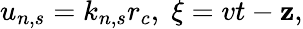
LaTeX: u_{n,s}=k_{n,s}r_{c},\; \xi=vt-\mathbf{z},